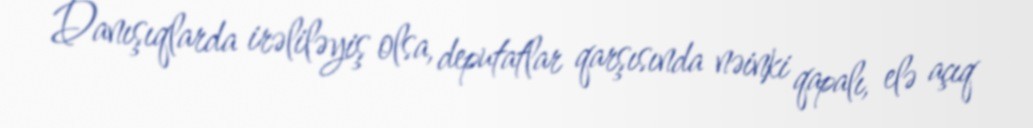
Danışıqlarda irəliləyiş olsa, deputatlar qarşısında nəinki qapalı, elə açıq